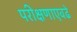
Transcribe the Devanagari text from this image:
परीक्षणाएवढे